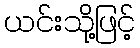
ယင်းသို့ဖြင့်